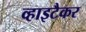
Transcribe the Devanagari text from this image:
व्हाइटैकर